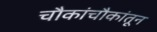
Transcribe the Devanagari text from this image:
चौकांचौकांतून